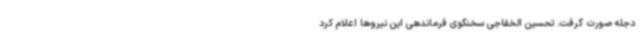
دجله صورت گرفت. تحسین الخفاجی سخنگوی فرماندهی این نیروها اعلام کرد